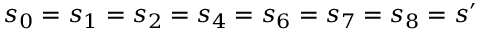
s _ { 0 } = s _ { 1 } = s _ { 2 } = s _ { 4 } = s _ { 6 } = s _ { 7 } = s _ { 8 } = s ^ { \prime }